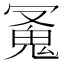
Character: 𩲛